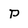
Character: p